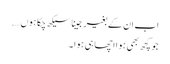
اب ان کے بغیر جینا سیکھ چکا ہوں ….
جو کچھ بھی ہوا اچھا ہی ہوا ۔